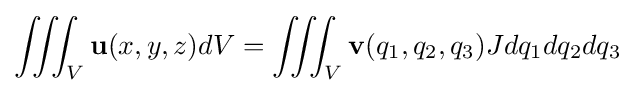
\iiint _{V}\mathbf {u} (x,y,z)dV=\iiint _{V}\mathbf {v} (q_{1},q_{2},q_{3})Jdq_{1}dq_{2}dq_{3}